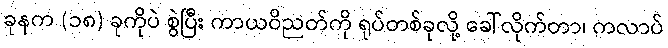
ခုနက (၁၈) ခုကိုပဲ စွဲပြီး ကာယဝိညတ်ကို ရုပ်တစ်ခုလို့ ခေါ်လိုက်တာ၊ ကလာပ်